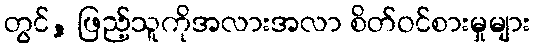
တွင်, ဖြည့်သူကိုအလားအလာ စိတ်ဝင်စားမှုများ